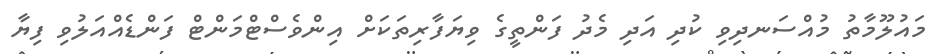
މައުލޫމާތު މުއްސަނދިވި ކުދި އަދި މެދު ފަންތީގެ ވިޔަފާރިތަކަށް އިންވެސްޓްމަންޓް ފަންޑެއްއަލުވި ފިޔާ